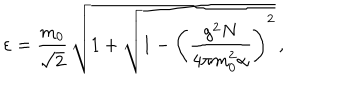
LaTeX: \varepsilon = \frac { m _ { 0 } } { \sqrt { 2 } } \, \sqrt { 1 + \sqrt { 1 - \left( \frac { g ^ { 2 } N } { 4 \pi m _ { 0 } ^ { 2 } \alpha } \right) ^ { 2 } } } \, ,